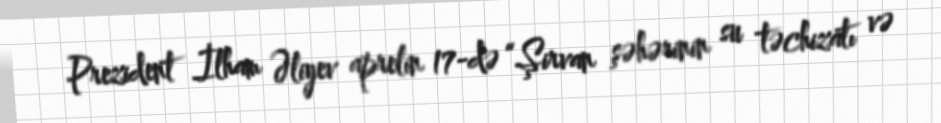
Prezident İlham Əliyev aprelin 17-də “Şirvan şəhərinin su təchizatı və